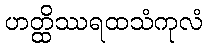
ဟတ္ထိဿရထသံကုလံ